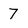
Character: 7